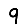
Digit: 9